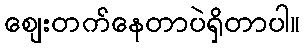
စျေးတက်နေတာပဲရှိတာပါ။